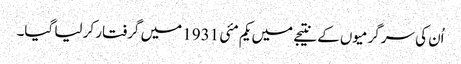
اُن کی سرگرمیوں کے نتیجے میں یکم مئی 1931 میں گرفتار کر لیا گیا۔